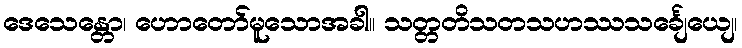
ဒေသေန္တော၊ ဟောတော်မူသောအခါ။ သတ္တတိသတသဟဿသင်္ချေယျေ၊